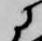
に